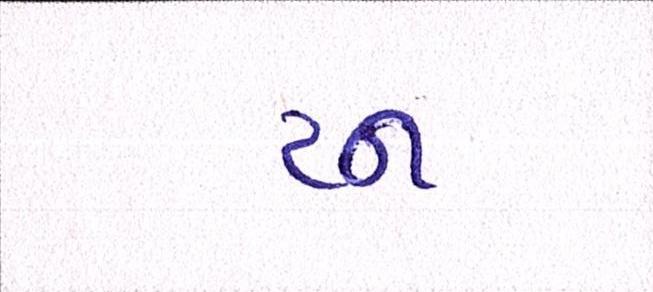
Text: ટન